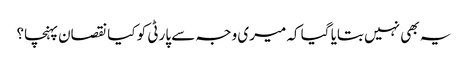
یہ بھی نہیں بتایا گیا کہ میری وجہ سے پارٹی کو کیا نقصان پہنچا؟